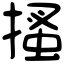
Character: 搔